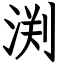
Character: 渕